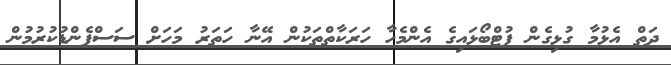
ދަތް އެޅުމާ ގުޅިގެން ފުޓްބޯޅައިގެ އެންމެހާ ހަރަކާތްތަކުން އޭނާ ހަތަރު މަހަށް ސަސްޕެންޑުކުރުމުން